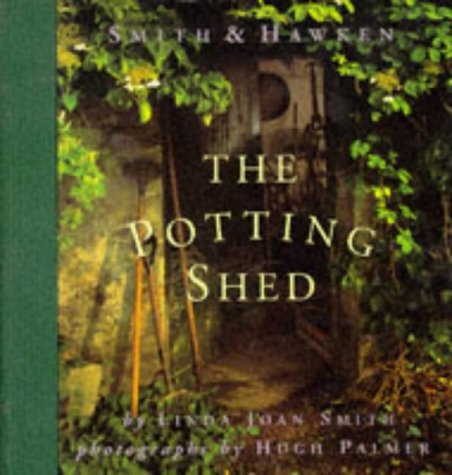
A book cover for The Potting Shed (Smith & Hawken); Linda Joan Smith; Crafts, Hobbies & Home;